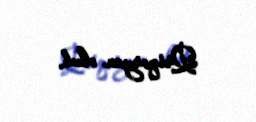
Qriqoryan olub.